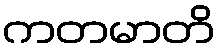
ကတမာတိ